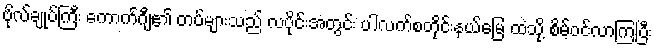
ဗိုလ်ချုပ်ကြီး ကောက်ဂျီ၏ တပ်များသည် လပိုင်းအတွင်း ပါလက်စတိုင်းနယ်မြေ ထဲသို့ စိမ့်ဝင်လာကြပြီး